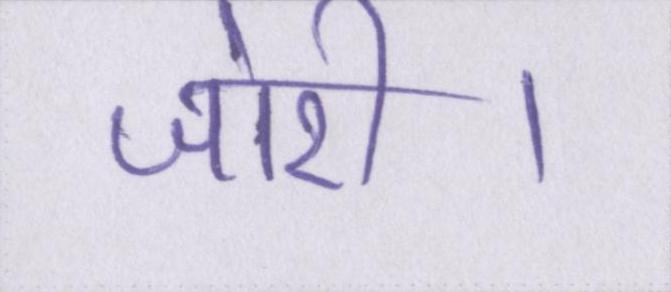
जोरी।